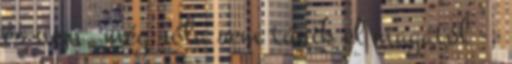
és nem, még róla sem tűnik el magától -,